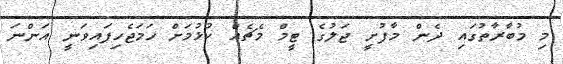
މި މުބާރާތުގައި ދެން މާފުށީ ޖަލުގެ ޓީމް މެޗެއް ކުޅުމަށް ހަމަޖެހިފައިވަނީ އަންނަ